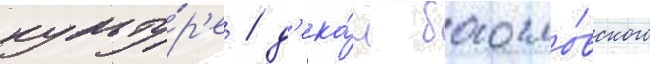
культу́р'е / д'ека́н богосло́вского